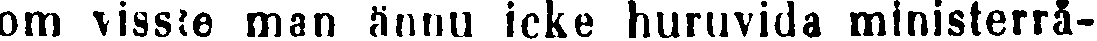
om viste man ännu icke huruvida ministerrå-